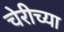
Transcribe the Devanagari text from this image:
चेरीच्या